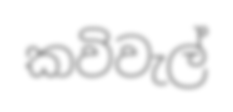
කවිවැල්